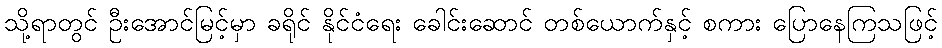
သို့ရာတွင် ဦးအောင်မြင့်မှာ ခရိုင် နိုင်ငံရေး ခေါင်းဆောင် တစ်ယောက်နှင့် စကား ပြောနေကြသဖြင့်